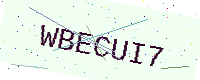
Text: WBECUI7